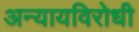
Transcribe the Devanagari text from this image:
अन्यायविरोधी